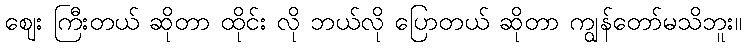
ဈေး ကြီးတယ် ဆိုတာ ထိုင်း လို ဘယ်လို ပြောတယ် ဆိုတာ ကျွန်တော်မသိဘူး။